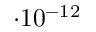
\cdot 1 0 ^ { - 1 2 }